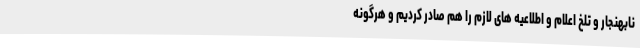
نابهنجار و تلخ اعلام و اطلاعیه های لازم را هم صادر کردیم و هرگونه